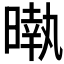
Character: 𣊎